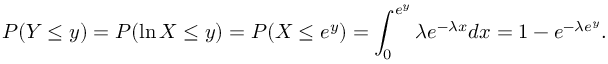
P ( Y \leq y ) = P ( \ln { X } \leq y ) = P ( X \leq e ^ { y } ) = \int _ { 0 } ^ { e ^ { y } } \lambda e ^ { - \lambda x } d x = 1 - e ^ { - \lambda e ^ { y } } .